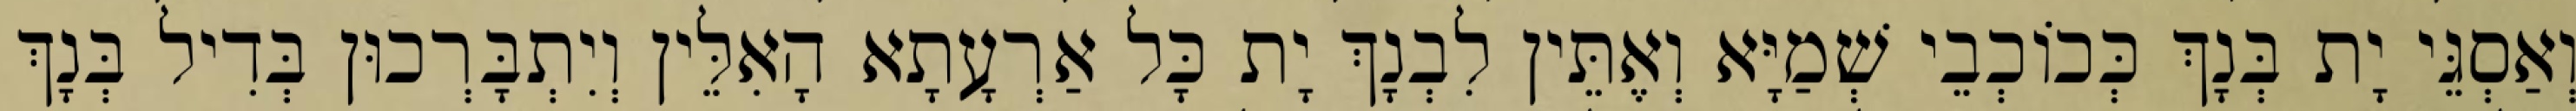
וְאַסְגֵּי יָת בְּנָךְ כְּכוֹכְבֵי שְׁמַיָּא וְאֶתֵּין לִבְנָךְ יָת כָּל אַרְעָתָא הָאִלֵּין וְיִתְבָּרְכוּן בְּדִיל בְּנָךְ